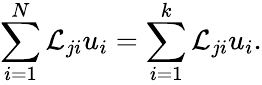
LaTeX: \sum_{i=1}^{N}{\cal L}_{ji}u_{i}=\sum_{i=1}^{k}{\cal L}_{ji}u_{i}.